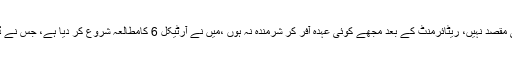
جسٹس ثاقب نثار نے کہا کہ ایک بات بتا دوں ماسوائے قوم کی خدمت میرا کوئی مقصد نہیں، ریٹائرمنٹ کے بعد مجھے کوئی عہدہ آفر کر شرمندہ نہ ہوں ،میں نے آرٹیکل 6 کامطالعہ شروع کر دیا ہے، جس نے ڈیم روکنے کی کوشش کی ان کے خلاف آرٹیکل 6 کے تحت کارروائی کروں گا۔